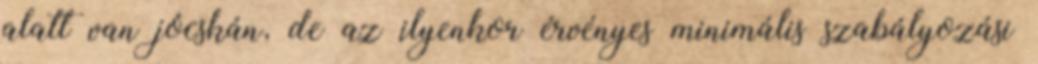
alatt van jócskán, de az ilyenkor érvényes minimális szabályozási